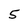
Character: 5